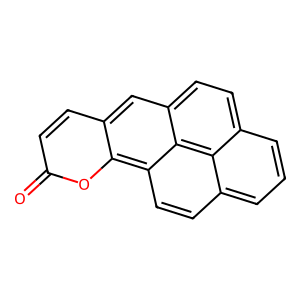
SMILES: O=c1ccc2cc3ccc4cccc5ccc(c2o1)c3c45
Inhibits HIV replication: No